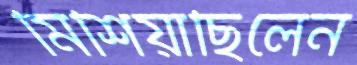
মিশিয়াছিলেন